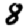
Digit: 8